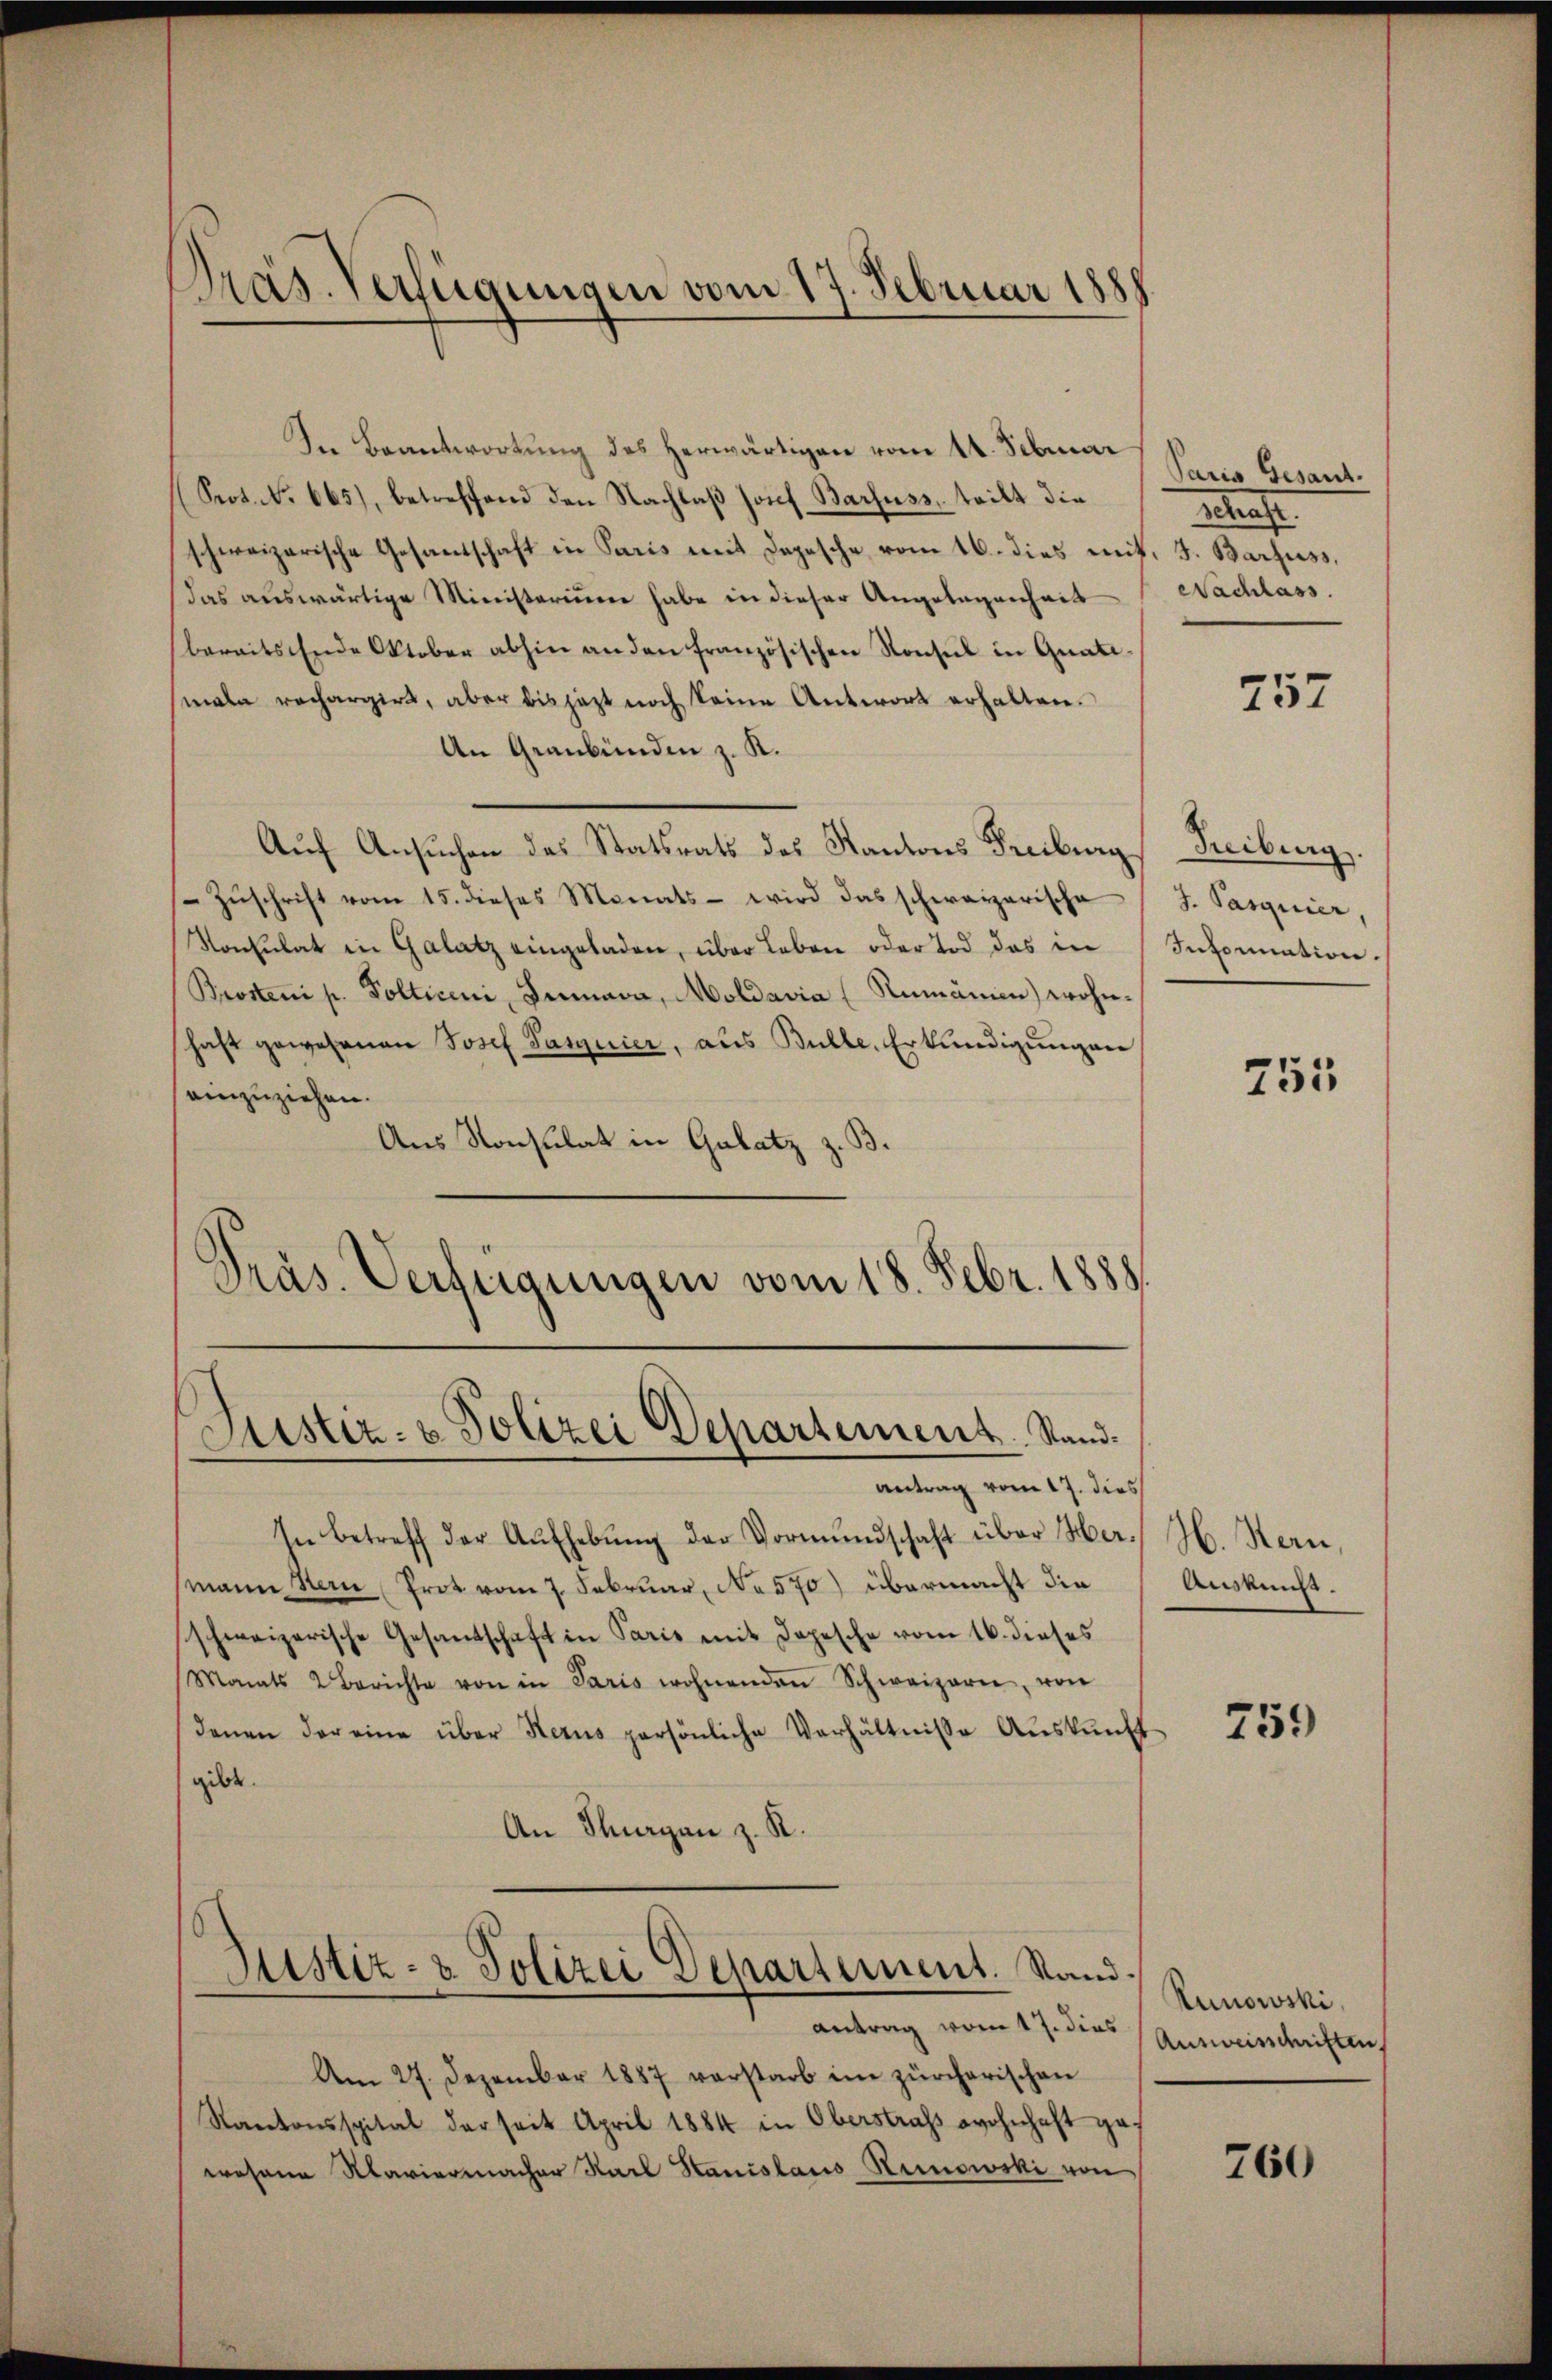
In Beantwortung des herwärtigen vom 14. Februar Paris Gesant.
(Srot. No. 665), betreffend den Nachlaß Josef Barfuss, teilt die
schweizerische Gesandschaft in Paris mit Depesche vom 16. dies mit. J. Barfuss,
das auswärtige Ministerium habe in dieser Angelegenheit
bereits Ende Oktober abhin an den französischen Konsul in Quatimale rechargirt, aber bis jetzt noch keine Antwort erhalten.
An Graubünden z. K.
Auf Ansuchen des Statsrats des Kantons Freiburg
Zŭschrift vom 15. dieses Monats - wird das schweizerische
Konsulat in Galatz eingeladen, über Leben oder Tod das in Information.
Brosteni p. Polticini, Iunara, Moldavia (Rumänien) wohnhaft gewesenen Josef Pasquier, aus Bulle, Erkundigungen
einzuziehen.
Aus Konsulat in Gulatz z. B.
Präs. Verteigungen vom 18. Febr. 1888.

Pras. Verfügungen vom 17. Februar 1888

Justiz- & Polizei Departement. Stand¬

In betreff der Aufhebung der Vormundschaft über Her H. Hern,
mann sein Prot vom 7. Februar, No 570) übermacht die
schweizerische Gesandschaft in Paris mit Dopesche vom 16. dieses
Monats 2 Berichte von in Paris wohnenden Schweizern, von
denen der eine über Herus persönliche Verhältnisse Auskunft
gibt.
An Thurgan z. R.
Justiz- & Polizei Departement. Stand.
antrag vom 17. dies Ausweisschriften
Am 27. Dezember 1887 verstarb im zürcherischen
Kantonsspital der seit April 1884 in Oberstraf wohnhaft ge-
osene Klaviermacher Karl Hanislaus Hurnowski von

antrag vom 17. dies

Marche
Nachlass.

757

Freiburg.
J. Pasquier,

751

Auskunft.

759

Runowski,

760